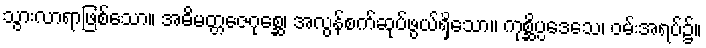
သွားလာရာဖြစ်သော။ အဓိမတ္တဇေဂုစ္ဆေ၊ အလွန်စက်ဆုပ်ဖွယ်ရှိသော။ ကုစ္ဆိပ္ပဒေသေ၊ ဝမ်းအရပ်၌။